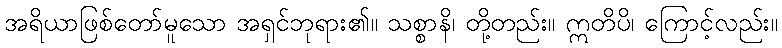
အရိယာဖြစ်တော်မူသော အရှင်ဘုရား၏။ သစ္စာနိ၊ တို့တည်း။ ဣတိပိ၊ ကြောင့်လည်း။